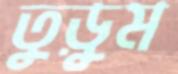
তুড়ুম